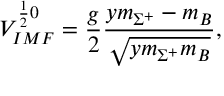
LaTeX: V _ { I M F } ^ { \frac { 1 } { 2 } 0 } = \frac { g } { 2 } \frac { y m _ { \Sigma ^ { + } } - m _ { B } } { \sqrt { y m _ { \Sigma ^ { + } } m _ { B } } } ,